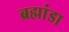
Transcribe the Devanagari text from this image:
ब्रह्मांडा